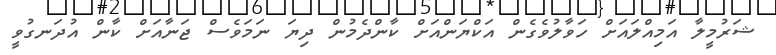
ޝަރުމީލާ އަމިއްލައަށް ހަވާލުވެގެން އަކްޔަންއަށް ކާންދެމުން ދިޔަ ނަމަވެސް ޖަނާއަށް ކާން އުދަނގުވީ